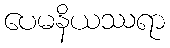
ပေမနိယဿရာ